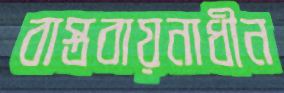
বাস্তবায়নাধীন